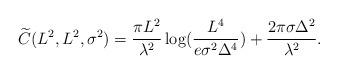
LaTeX: \begin{align*}\widetilde{{C}}(L^2,L^2,\sigma^2)= \frac{\pi L^2}{\lambda^2} \log( \frac{L^{4}}{e\sigma^2 \Delta^4} )+ \frac{2 \pi \sigma \Delta^2} {\lambda^2 }.\end{align*}